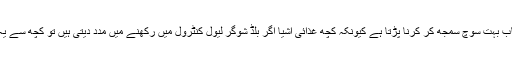
خاص طور پر غذا کا انتخاب بہت سوچ سمجھ کر کرنا پڑتا ہے کیونکہ کچھ غذائی اشیا اگر بلڈ شوگر لیول کنٹرول میں رکھنے میں مدد دیتی ہیں تو کچھ سے یہ سطح بڑھ بھی سکتی ہے۔